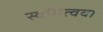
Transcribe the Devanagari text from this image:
स्वमित्ववा